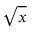
\sqrt { x }